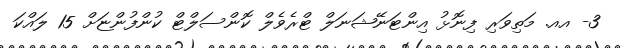
3- އއ. މަތިވަރި ފިނޮޅު އިންޓަނޭޝަނަލް ޓްރެވެލް ކޮންސަލްޓް ކުންފުންޏަށް 15 ލައްކަ